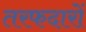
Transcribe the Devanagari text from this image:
तरफदारों